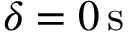
\delta = 0 \, \mathrm { { s } }